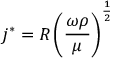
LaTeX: j ^ { * } = R \left( { \frac { \omega \rho } { \mu } } \right) ^ { \frac { 1 } { 2 } }